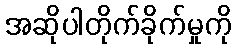
အဆိုပါတိုက်ခိုက်မှုကို